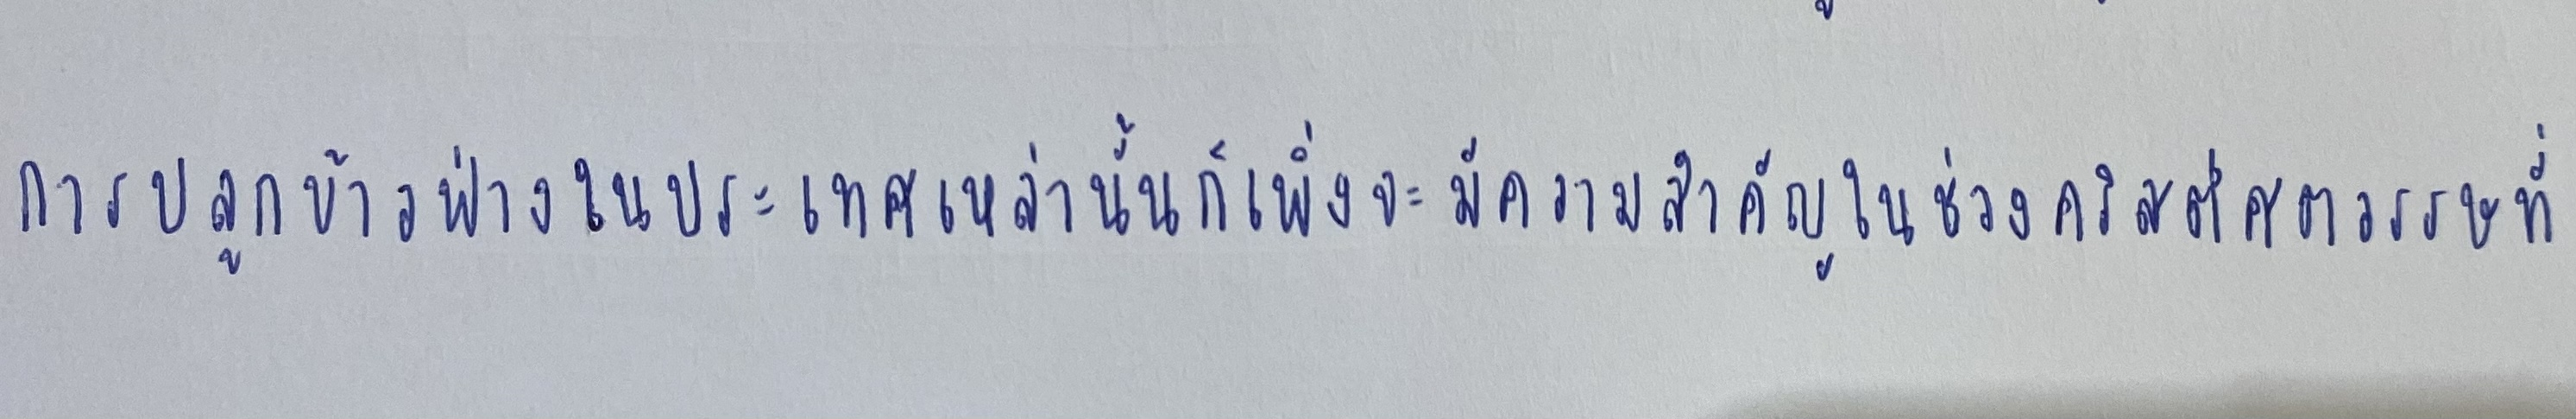
การปลูกข้าวฟ่างในประเทศเหล่านั้นก็เพิ่งจะมีความสำคัญในช่วงคริสต์ศตวรรษที่